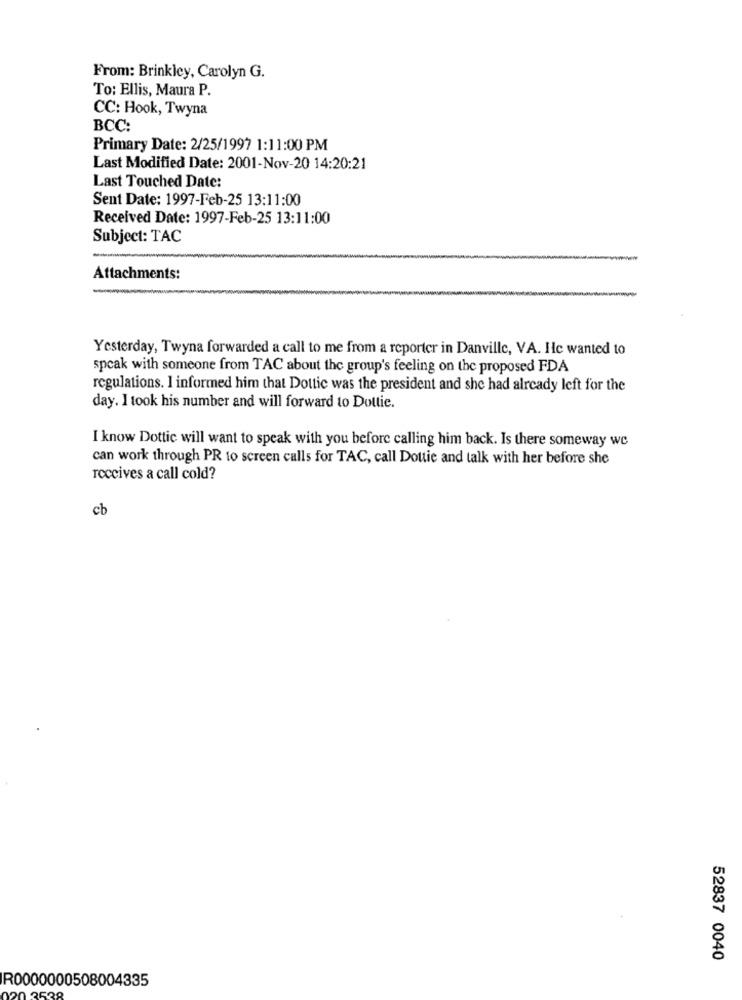
From: Brinkley, Carolyn G.
To: Ellis, Maura P.
CC: Hook, Twyna
BCC:
Primary Date: 2/25/1997 1:11:00 PM
Last Modified Date: 2001-Nov-20 14:20:21
Last Touched Date:
Sent Date: 1997-Feb-25 13:11:00
Received Date: 1997-Feb-25 13:11:00
Subject: TAC
Attachments:
Yesterday, Twyna forwarded a call to me from a reporter in Danville, VA. He wanted to
speak with someone from TAC about the group's feeling on the proposed FDA
regulations. I informed him that Dottic was the president and she had already left for the
day. I took his number and will forward to Dottie.
I know Dottic will want to speak with you before calling him back. Is there someway we
can work through PR to screen calls for TAC, call Dottie and talk with her before she
receives a call cold?
cb
52837 0040
IR0000000508004335